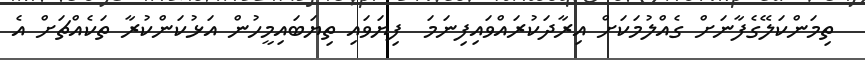
ތިމަންކަލޭގެފާނަށް ގެއްލުމަކަށް އިރާދަކުރައްވައިފިނަމަ  ފިޔަވައި ތިޔަބައިމީހުން އަޅުކަންކުރާ ތަކެއްޗަށް އެ